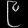
Digit: ၉